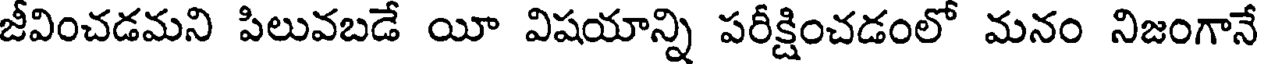
జీవించడమని పిలువబడే యీ విషయాన్ని పరీక్షించడంలో మనం నిజంగానే